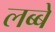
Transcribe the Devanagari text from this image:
लब्बे